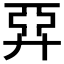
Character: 𢍐